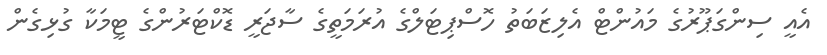
އެއީ ސިންގަޕޫރުގެ މައުންޓް އެލިޒަބަތު ހޮސްޕިޓަލްގެ އުރަމަތީގެ ސާޖަރީ ޑޮކްޓަރުންގެ ޓީމަކާ ގުޅިގެން